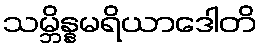
သမ္ဘိန္နမရိယာဒေါတိ